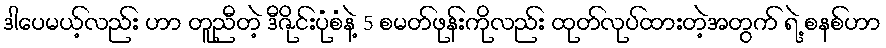
ဒါပေမယ့်လည်း ဟာ တူညီတဲ့ ဒီဇိုင်းပုံစံနဲ့ 5 စမတ်ဖုန်းကိုလည်း ထုတ်လုပ်ထားတဲ့အတွက် ရဲ့ စနစ်ဟာ